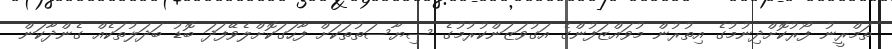
ތަމްރީނު ފޯރުކޮށްދިނުމުގެ އިތުރުން މުވައްޒަފުންގެ އަގުވަޒަންކުރުމުގެ ސިޔާސަތުތަކަށް ފާހަގަކޮށްލެވޭފަދަ ބޮޑު ބަދަލުތަކެއް ގެންދާކަން